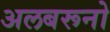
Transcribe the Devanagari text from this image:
अलबरूनो